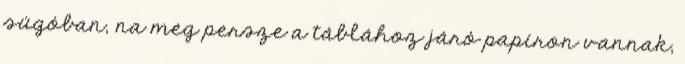
súgóban, na meg persze a táblához járó papíron vannak,